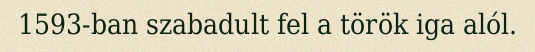
1593-ban szabadult fel a török iga alól.